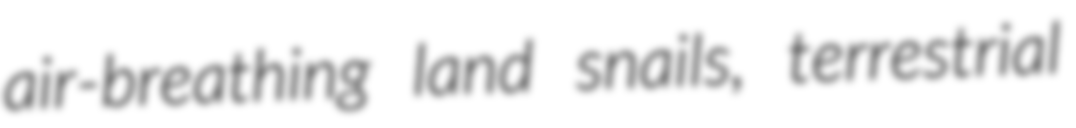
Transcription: air-breathing land snails, terrestrial